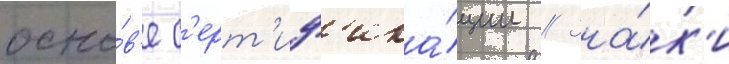
осно́в'е с'ерт'иф'ика́ции // Зна́к'и